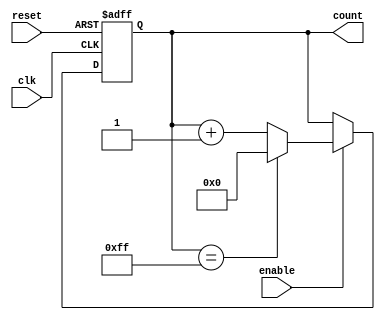
module ModuloN_Up_Counter (
    input wire clk,           // Clock input
    input wire reset,         // Reset signal
    input wire enable,        // Enable signal
    output reg [7:0] count    // Modulo-N counter output
);

parameter N = 255;           // Modulo value

always @(posedge clk or posedge reset) begin
    if (reset) begin
        count <= 8'b0;       // Reset counter to zero
    end else if (enable) begin
        if (count == N) begin
            count <= 8'b0;   // Reset counter when maximum count reached
        end else begin
            count <= count + 1; // Increment counter
        end
    end
end

endmodule